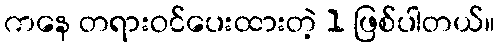
ကနေ တရားဝင်ပေးထားတဲ့ 1 ဖြစ်ပါတယ်။